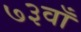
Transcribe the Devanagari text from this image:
७३वाँ